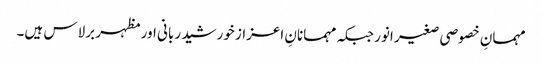
مہمانِ خصوصی صغیر انور جبکہ مہمانانِ اعزاز خورشید ربانی اور مظہر برلاس ہیں۔